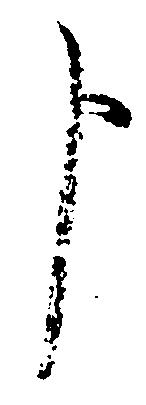
申